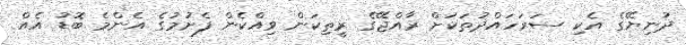
ދުނިޔޭގެ އެކި ސަރަހައްދުތަކަށް ރާއްޖޭގެ ރީތިކަން ވިއްކެން ފެށުމުގެ އެންމެ ބޮޑު އެއް